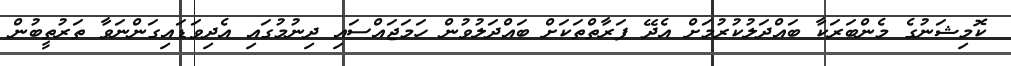
ކޮމިޝަނުގެ މެންބަރަކާ ބައްދަލުކުރުމަށް އެދޭ ފަރާތްތަކަށް ބައްދަލުވުން ހަމަޖައްސައި ދިނުމުގައި އެދިވަޑައިގަންނަވާ ތަރުތީބުން